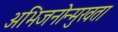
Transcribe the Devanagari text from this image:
अभिजनोन्मुखता